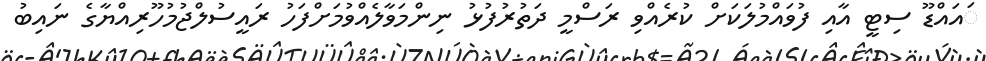
ައައްޑޫ ސިޓީ އާއި ފުވައްމުލަކަށް ކުރެއްވި ރަސްމީ ދަތުރުފުޅު ނިންމަވާލެއްވުމަށްފަހު ރައީސުލްޖުމުހޫރިއްޔާގެ ނައިބު